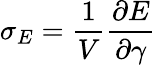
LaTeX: \sigma_{E}=\frac{1}{V}\frac{\partial E}{\partial\gamma}